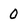
Character: 0